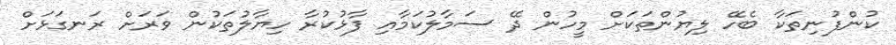
ކުންފުނިތަކާ ބެހޭ ލިޔުންތަކަށް މީހުން ދޭ ސަމާލުކަމާއި ފާޅުކުރާ ހިޔާލުތަކުން ވަރަށް ރަނގަޅަށް